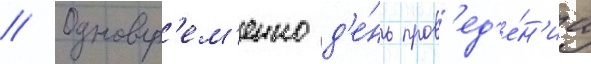
// Одновр'ем'енно д'е́нь пров'ед'е́н'иа